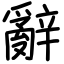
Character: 辭